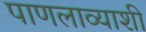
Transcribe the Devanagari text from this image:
पाणलाव्याशी